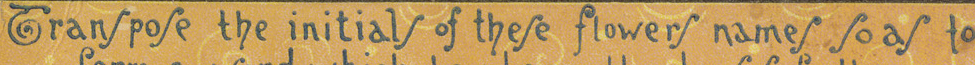
Transpose the initials of these flowers names soas to